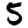
Digit: 5